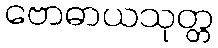
ဗောဓာယသုတ္တ